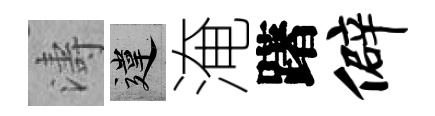
濤違淹躇僻